Medical and sanitary report of the native army of Bengal for the year
Year: 1874
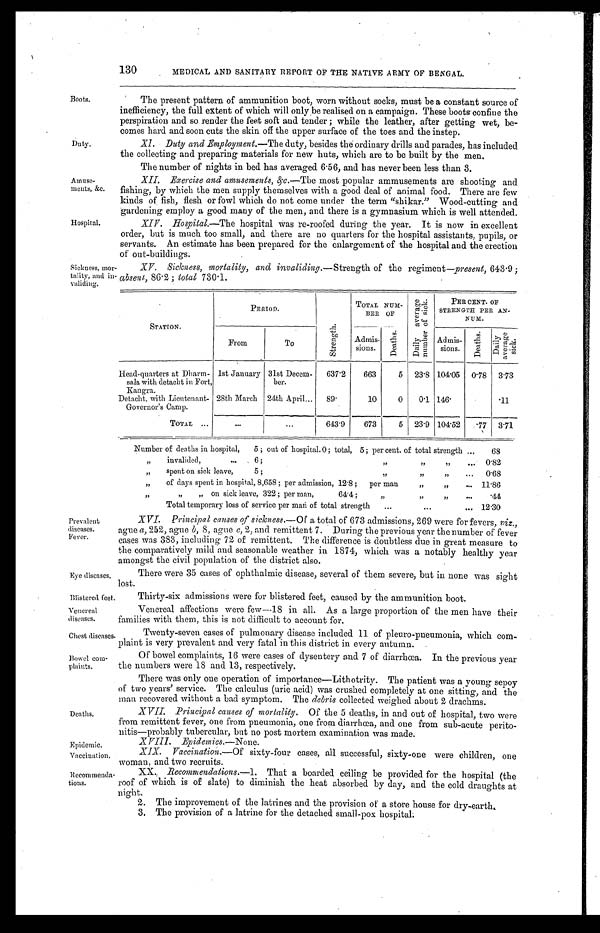
Chest diseases.
Bowel com
-
plaints.
Deaths.
Epidemic.
Vaccination.
Recommenda -
tions.
130 MEDICAL AND SANITARY REPORT OF THE NATIVE ARMY OF BENGAL.
Boots.
Duty.
Amuse-
ments, &c.
Hospital.
The present pattern of ammunition boot, worn without socks, must be a constant source of
inefficiency, the full extent of which will only be realised on a campaign. These boots confine the
perspiration and so render the feet soft and tender ; while the leather, after getting wet, be
-
comes hard and soon cuts the skin off the upper surface of the toes and the instep.
Xl. Duty and Employment.— The duty, besides the ordinary drills and parades, has included
the collecting and preparing materials for new huts, which are to be built by the men.
The number of nights in bed has averaged 6.56, and has never been less than 3.
XII. Exercise and amusements, &c. Them o s t p o p u l a r a m m u s e m e n t s a r e s h o o t i n g a n d
fishing, by which the men supply themselves with a good deal of animal food. There are few
kinds of fish, flesh or fowl which do not come under the term "shikar." Wood-cutting and
gardening employ a good many of the men, and there is a gymnasium which is well attended.
X1V. Hospital.— The hospital was re-roofed during the year. It is now in excellent
order, but is much too small, and there are no quarters for the hospital assistants, pupils, or
servants. An estimate has been prepared for the enlargement of the hospital and the erection
of out-buildings.
Sickness, mor
-
tality, and in
-
validing.
XV. Sickness, mortality, and invaliding.— Strength of the regiment—present, 643.9 ;
absent, 86.2 ; total 730.1.
STATION.
PERIOD.
S t r e n g t h .
TOTAL NUM-BER
O F
D a i l y a v e r a g e n u m b e r o f s i c k .
PER CENT. OF
STRENGTH PER
A N - N U M .
From
To
Admis-
sions.
D e a t h s .
Admis-
sions.
D e a t h s .
D a i l y a v e r a g e s i c k .
Head-quarters at Dharm-
sala with detacht in Fort,
Kangra.
1st January 31st Decem-
ber.
637.2
663
5
23.8 104.05
0.78
3.73
Detacht. with Lieutenant-
Governor's Camp.
28th March 24th April.
89.
10
0
0.1 146.
.11
TOTAL . . .
. . .
. . .
643.9
673
5
23.9 104.52
. 7 7 3.71
Number of deaths in hospital, 5 ; out of hospital. 0 ; total, 5 ; per cent, of total strength . . .
68
invalided, . . . 6 ; " " "
0.82
" spent on sick leave, 5 ; " " " . . .
0.68
" of days spent in hospital, 8,658 ; per admission, 12.8 ; per man " . . .
11.86
" " " on sick leave, 322 ; per man, 64.4 ; " " " . . .
.44
Total temporary loss of service per mail of total strength . . . 12.30
Prevalent
diseases.
Fever.
Eye diseases.
XVI. Principal causes of sickness.— Of a total of 673 admissions, 269 were for fevers, viz.,
ague a, 252, ague b, 8, ague c, 2, and remittent 7. During the previous year the number of fever
cases was 383, including 72 of remittent. The difference is doubtless due in great measure to
the comparatively mild and seasonable weather in 1874, which was a notably healthy year
amongst the civil population of the district also.
There were 35 cases of ophthalmic disease, several of them severe, but in none was sight
lost.
Blistered feet.
Thirty-six admissions were for blistered feet, caused by the ammunition boot.
Venereal
diseases.
Venereal affections were few—18 in all. As a large proportion of the men have their
families with them, this is not difficult to account for.
Twenty-seven cases of pulmonary disease included 11 of pleuro-pneumonia, which com
-
plaint is very prevalent and very fatal in this district in every autumn.
Of bowel complaints, 16 were cases of dysentery and 7 of diarrhœa. In the previous year
the numbers were 18 and 13, respectively.
There was only one operation of importance—Lithotrity. The patient was a young sepoy
of two years' service. The calculus (uric acid) was crushed completely at one sitting, and the
man recovered without a bad symptom. The debris collected weighed about 2 drachms.
XVII. Principal causes of mortality. Of the 5 deaths, in and out of hospital, two were
from remittent fever, one from pneumonia, one from diarrhœa, and one from sub-acute perito
-
nitis—probably tubercular, but no post mortem examination was made.
E p i d e m i c s . —
N o n e .
Vaccination.— Of sixty-four cases, all successful, sixty-one were children, one
woman, and two recruits.
Recommenations.—1. That a boarded ceiling be provided for the hospital (the
roof of which is of slate) to diminish the heat absorbed by day, and the cold draughts at
night.
2. The improvement of the latrines and the provision of a store house for dry-earth
.
3. The provision of a latrine for the detached small-pox hospital.